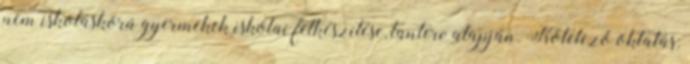
nem iskoláskorú gyermekek iskolai felkészítése, tanterv alapján. Kötelező oktatás: